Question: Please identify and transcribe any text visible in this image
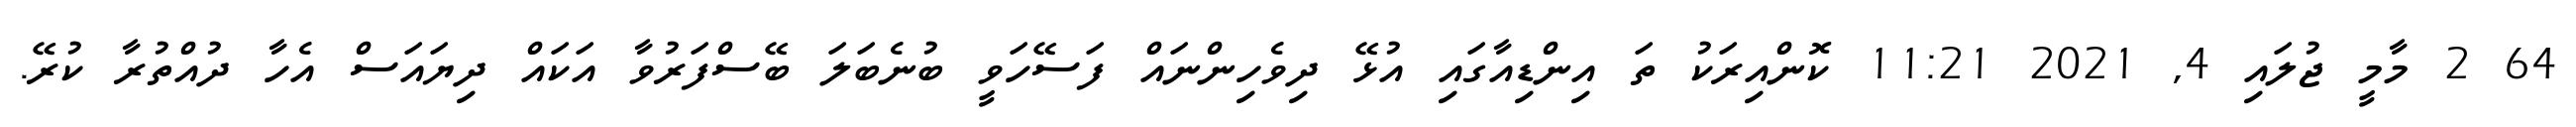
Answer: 64 2 މާމީ ޖުލައި 4, 2021 11:21 ކޮންއިރަކު ތަ އިންޑިއާގައި އުޅޭ ދިވެހިންނައް ފަސޭހަވީ ބުނެބަލަ ބޭސްފަރުވާ އަކައް ދިޔައަސް އެހާ ދުއްތުރާ ކުރޭ.